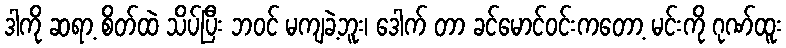
ဒါကို ဆရာ့ စိတ်ထဲ သိပ်ပြီး ဘဝင် မကျခဲ့ဘူး၊ ဒေါက် တာ ခင်မောင်ဝင်းကတော့ မင်းကို ဂုဏ်ထူး